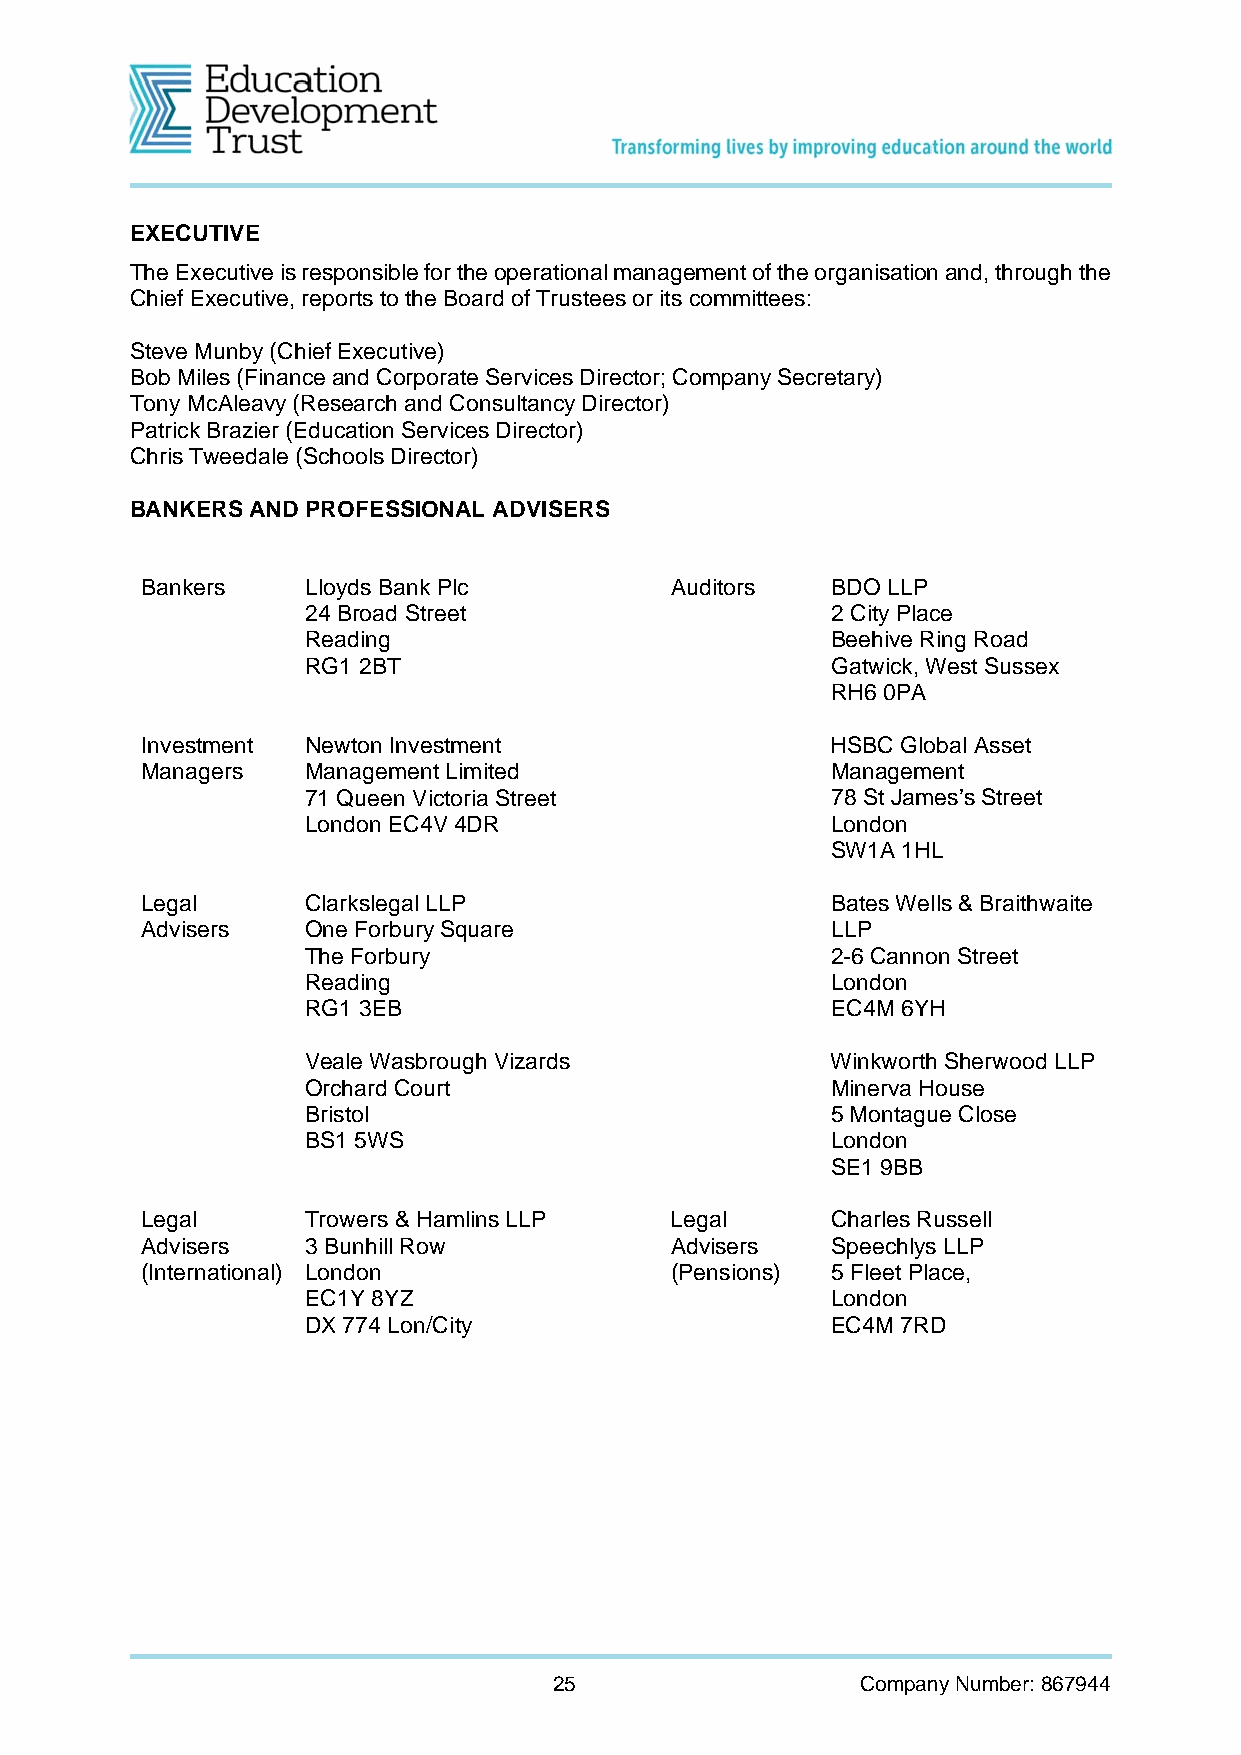
EXECUTIVE
 The Executive is responsible for the operational management of the organisation and, through the
 Chief Executive, reports to the Board of Trustees or its committees:
 Steve Munby (Chief Executive)
 Bob Miles (Finance and Corporate Services Director; Company Secretary)
 Tony McAleavy (Research and Consultancy Director)
 Patrick Brazier (Education Services Director)
 Chris Tweedale (Schools Director)
 BANKERS AND PROFESSIONAL ADVISERS
 Bankers    Lloyds Bank Plc         Auditors   BDO LLP
 24 Broad Street                    2 City Place
 Reading                            Beehive Ring Road
 RG1 2BT                            Gatwick, West Sussex
 RH6 0PA
 Investment Newton Investment                  HSBC Global Asset
 Managers   Management Limited                 Management
 71 Queen Victoria Street           78 St James’s Street
 London EC4V 4DR                    London
 SW1A 1HL
 Legal      Clarkslegal LLP                    Bates Wells & Braithwaite
 Advisers   One Forbury Square                 LLP
 The Forbury                        2-6 Cannon Street
 Reading                            London
 RG1 3EB                            EC4M 6YH
 Veale Wasbrough Vizards            Winkworth Sherwood LLP
 Orchard Court                      Minerva House
 Bristol                            5 Montague Close
 BS1 5WS                            London
 SE1 9BB
 Legal      Trowers & Hamlins LLP   Legal      Charles Russell
 Advisers   3 Bunhill Row           Advisers   Speechlys LLP
 (International) London             (Pensions) 5 Fleet Place,
 EC1Y 8YZ                           London
 DX 774 Lon/City                    EC4M 7RD
 25                  Company Number: 867944